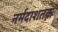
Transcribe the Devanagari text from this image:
नर्मदाशतक